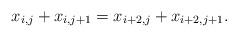
LaTeX: \begin{align*} x_{i,j} + x_{i,j+1} = x_{i+2,j} + x_{i+2,j+1}. \end{align*}